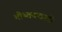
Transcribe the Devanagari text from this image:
भोथ्तकवादी